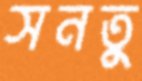
সনতু